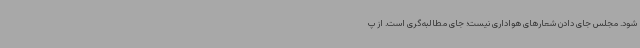
شود. مجلس جای دادن شعارهای هواداری نیست؛ جای مطالبه‌گری است. از پ